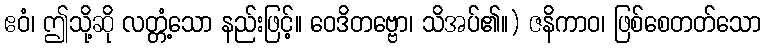
ဧဝံ၊ ဤသို့ဆို လတ္တံ့သော နည်းဖြင့်။ ဝေဒိတဗ္ဗော၊ သိအပ်၏။) ဇနိကာဝ၊ ဖြစ်စေတတ်သော